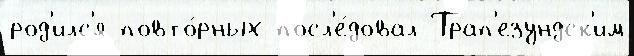
род'илс'я повто́рных посл'е́довал Трап'езундск'им